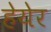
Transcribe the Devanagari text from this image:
हेयेर